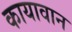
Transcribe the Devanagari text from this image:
कायावान